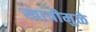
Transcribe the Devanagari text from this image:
खात्रीमुळे